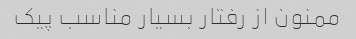
ممنون از رفتار بسیار مناسب پیک